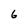
Character: 6